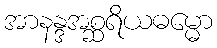
အာနန္ဒအစ္ဆရိယဓမ္မော